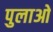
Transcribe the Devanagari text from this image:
पुलाओ